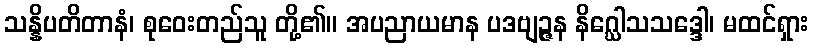
သန္နိပတိတာနံ၊ စုဝေးတည်သူ တို့၏။ အပညာယမာန ပဒဗျဉ္ဇန နိဂ္ဃေါသသဒ္ဒေါ၊ မထင်ရှား